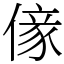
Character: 𠎵